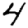
Digit: 4